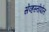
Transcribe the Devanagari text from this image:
सेव्हस्तोपोल